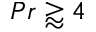
P r \gtrapprox 4